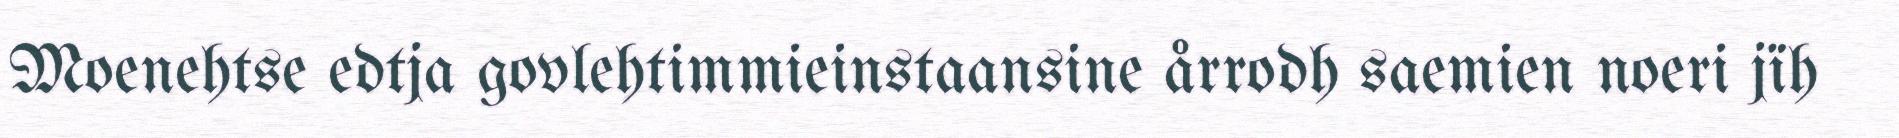
Moenehtse edtja govlehtimmieinstaansine årrodh saemien noeri jïh